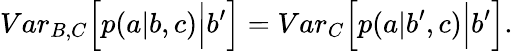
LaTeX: {Var}_{B,C}\Big[p(a|b,c)\Big|b^{\prime}\Big]={Var}_{C}\Big[p(a|b^{\prime},c)\Big|b^{\prime}\Big].